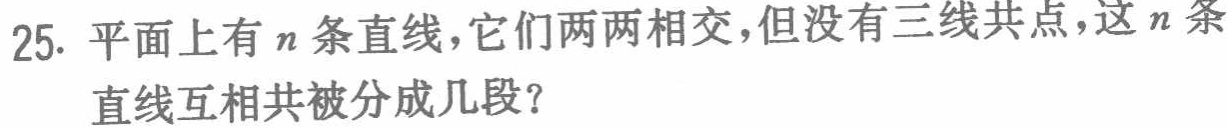
25. 平面上有\(n\)条直线，它们两两相交，但没有三线共点，这\(n\)条直线互相共被分成几段？